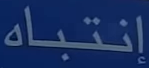
إنتباه